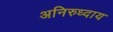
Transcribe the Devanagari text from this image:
अनिरुध्दाय